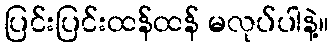
ပြင်းပြင်းထန်ထန် မလုပ်ပါနဲ့။